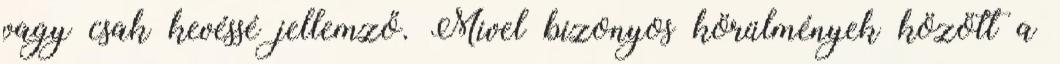
vagy csak kevéssé jellemző. Mivel bizonyos körülmények között a